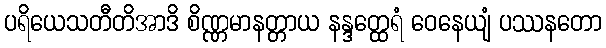
ပရိယေသတီတိအာဒိ စိဏ္ဏမာနတ္တာယ နန္ဒတ္ထေရံ ဝေနေယျံ ပဿနတော